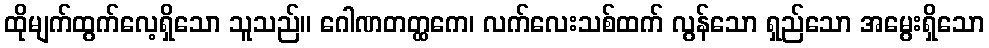
ထိုမျက်ထွက်လေ့ရှိသော သူသည်။ ဂေါဏတတ္ထကေ၊ လက်လေးသစ်ထက် လွန်သော ရှည်သော အမွေးရှိသော